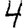
Digit: 4